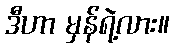
ဒီဟာ မှန်ရဲ့လား။